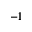
^ { - 1 }